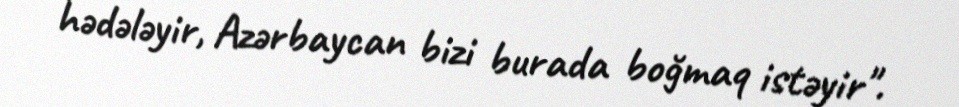
hədələyir, Azərbaycan bizi burada boğmaq istəyir".